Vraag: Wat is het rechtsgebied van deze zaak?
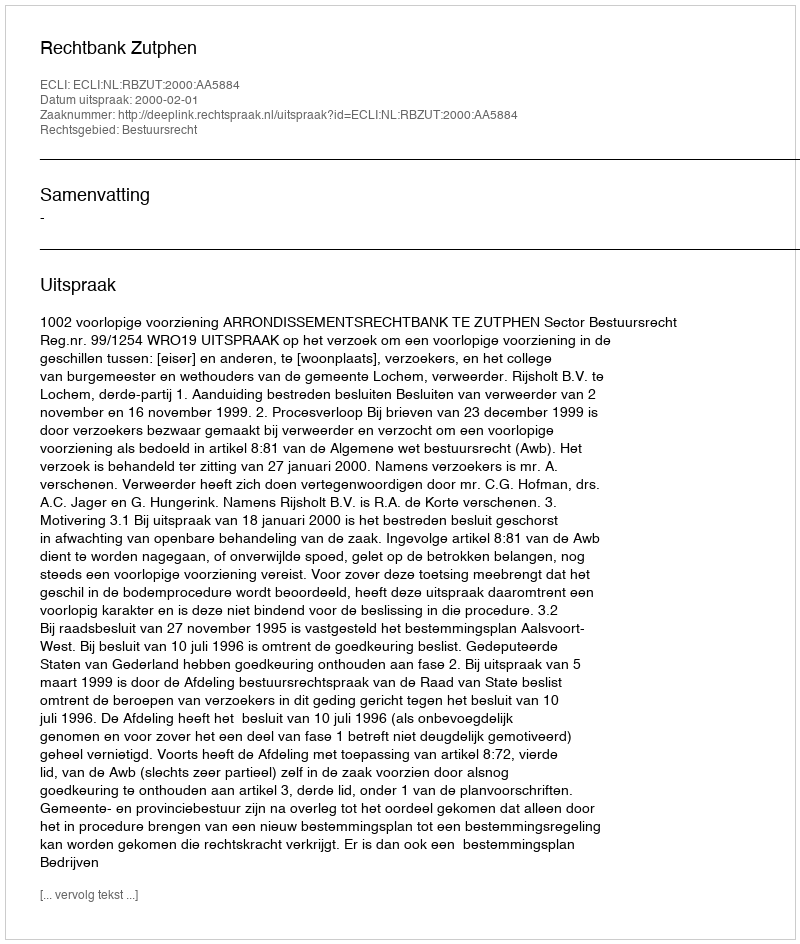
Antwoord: Bestuursrecht